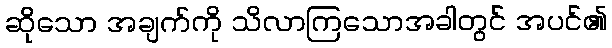
ဆိုသော အချက်ကို သိလာကြသောအခါတွင် အပင်၏